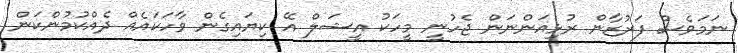
ނަމަވެސް ފަރުޒާން ރުޅިއަންނަން ޖެހުނީ މީހަކު އީޝަލް އޭ ކިޔައިގެން ވާހަކައެއް ދެއްކުމުންކަން